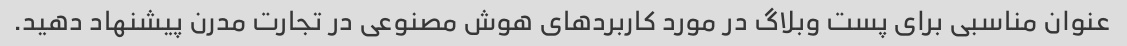
عنوان مناسبی برای پست وبلاگ در مورد کاربردهای هوش مصنوعی در تجارت مدرن پیشنهاد دهید.